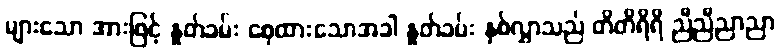
များသော အားဖြင့် နှုတ်ခမ်း စေ့ထားသောအခါ နှုတ်ခမ်း နှစ်လွှာသည် တိတိရိရိ ညီညီညာညာ